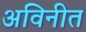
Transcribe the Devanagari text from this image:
अविनीत